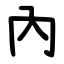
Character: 內